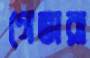
গেভারা